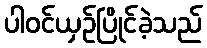
ပါဝင်ယှဉ်ပြိုင်ခဲ့သည်